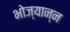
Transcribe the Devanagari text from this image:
भोज्यान्न